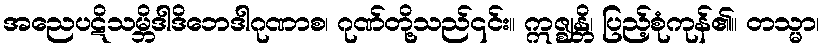
အညေပဋိသမ္ဘိဒါဒိဘေဒါဂုဏာစ၊ ဂုဏ်တို့သည်၎င်း။ ဣဇ္ဈန္တိ၊ ပြည့်စုံကုန်၏။ တသ္မာ၊